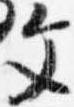
文